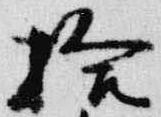
拾